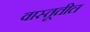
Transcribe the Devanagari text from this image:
वास्तूतील